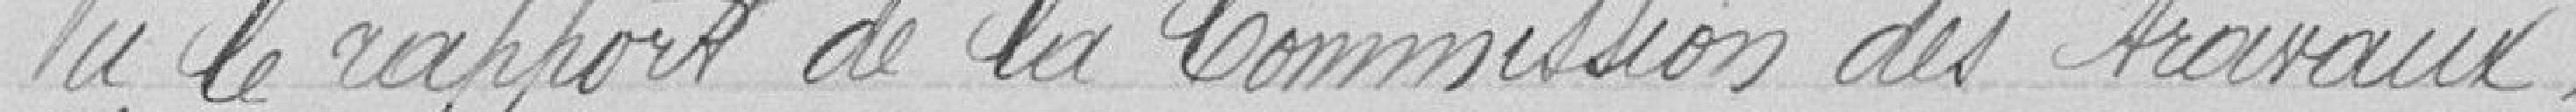
Vu le rapport de la Commission des travaux